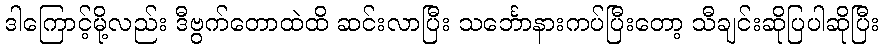
ဒါကြောင့်မို့လည်း ဒီဗွက်တောထဲထိ ဆင်းလာပြီး သင်္ဘောနားကပ်ပြီးတော့ သီချင်းဆိုပြပါဆိုပြီး